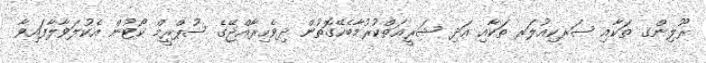
ރޫލިންގ ތަކާއި ސަރކިއުލަރ ތަކާއި އަދި ޝަރީޢަތްކުރުމާބެހޭގޮތުން ދިވެހިރާއްޖޭގެ ސުޕްރީމް ކޯޓުން އެކުލަވާލާފައިވާ